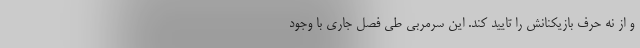
و از نه حرف بازیکنانش را تایید کند. این سرمربی طی فصل جاری با وجود